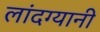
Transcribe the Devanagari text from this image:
लांदग्यानी